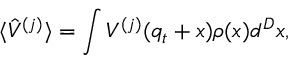
\langle \hat { V } ^ { ( j ) } \rangle = \int V ^ { ( j ) } ( q _ { t } + x ) \rho ( x ) d ^ { D } x ,